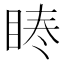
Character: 𭾳